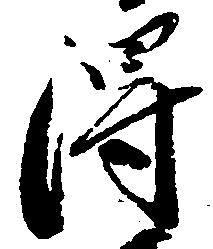
得